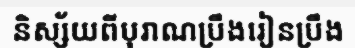
និស្ស័យពីបុរាណប្រឹងរៀនប្រឹង